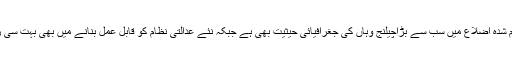
اس کے علاوہ ضم شدہ اضلاع میں سب سے بڑاچیلنج وہاں کی جغرافیائی حیثیت بھی ہے جبکہ نئے عدالتی نظام کو قابل عمل بنانے میں بھی بہت سی رکاوٹیں حائل ہیں۔